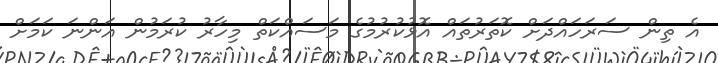
އެ ތިން ސަރަހައްދަށް ކޮތަރުތައް އޮޅުކުރުމުގެ މަސައްކަތް މިހާރު ކުރަމުން އަންނަ ކަމަށް